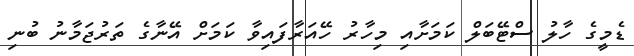
ޑެމީގެ ހާލު ސްޓޭބަލް ކަމަށާއި މިހާރު ހޭއަރާފައިވާ ކަމަށް އޭނާގެ ތަރުޖަމާނު ބުނި